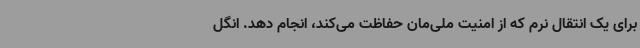
برای یک انتقال نرم که از امنیت ملی‌مان حفاظت می‌کند، انجام دهد. انگل